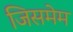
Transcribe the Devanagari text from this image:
जिसमेम